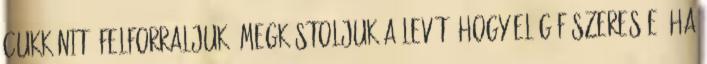
cukkínit, felforraljuk. Megkóstoljuk a levét, hogy elég fűszeres-e, ha